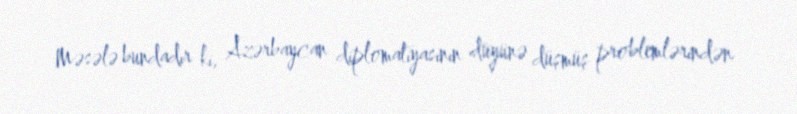
Məsələ bundadır ki, Azərbaycan diplomatiyasının düyünə düşmüş problemlərindən